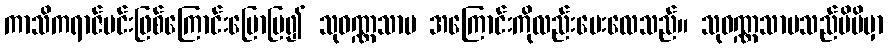
ကာသိကရာဇ်မင်းဖြစ်ကြောင်းပြောပြ၍ သုဝဏ္ဏသာမ အကြောင်းကိုလည်းမေးလေသည်။ သုဝဏ္ဏသာမသည်မိမိမှာ